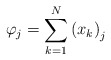
\begin{align*}\varphi_{j}=\sum_{k=1}^{N}\left( x_{k}\right) _{j}\end{align*}